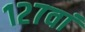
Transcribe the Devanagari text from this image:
१२७वां